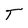
Character: T